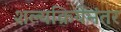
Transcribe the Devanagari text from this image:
शल्यक्रियेनंतर